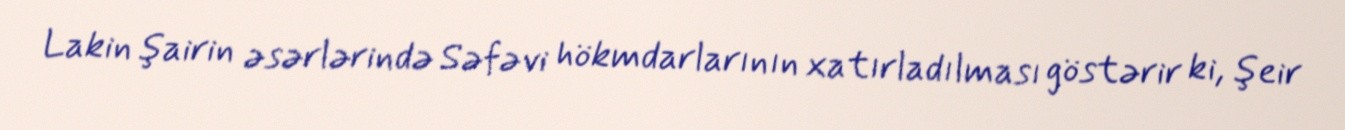
Lakin şairin əsərlərində Səfəvi hökmdarlarının xatırladılması göstərir ki, şeir